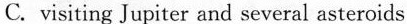
D. getting soil frorn the surface of the Mars